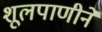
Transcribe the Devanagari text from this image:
शूलपाणीने